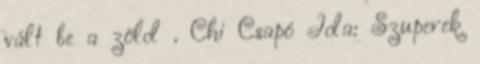
vált be a zöld . Chi Csapó Ida: Szuperek